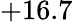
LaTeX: +16.7